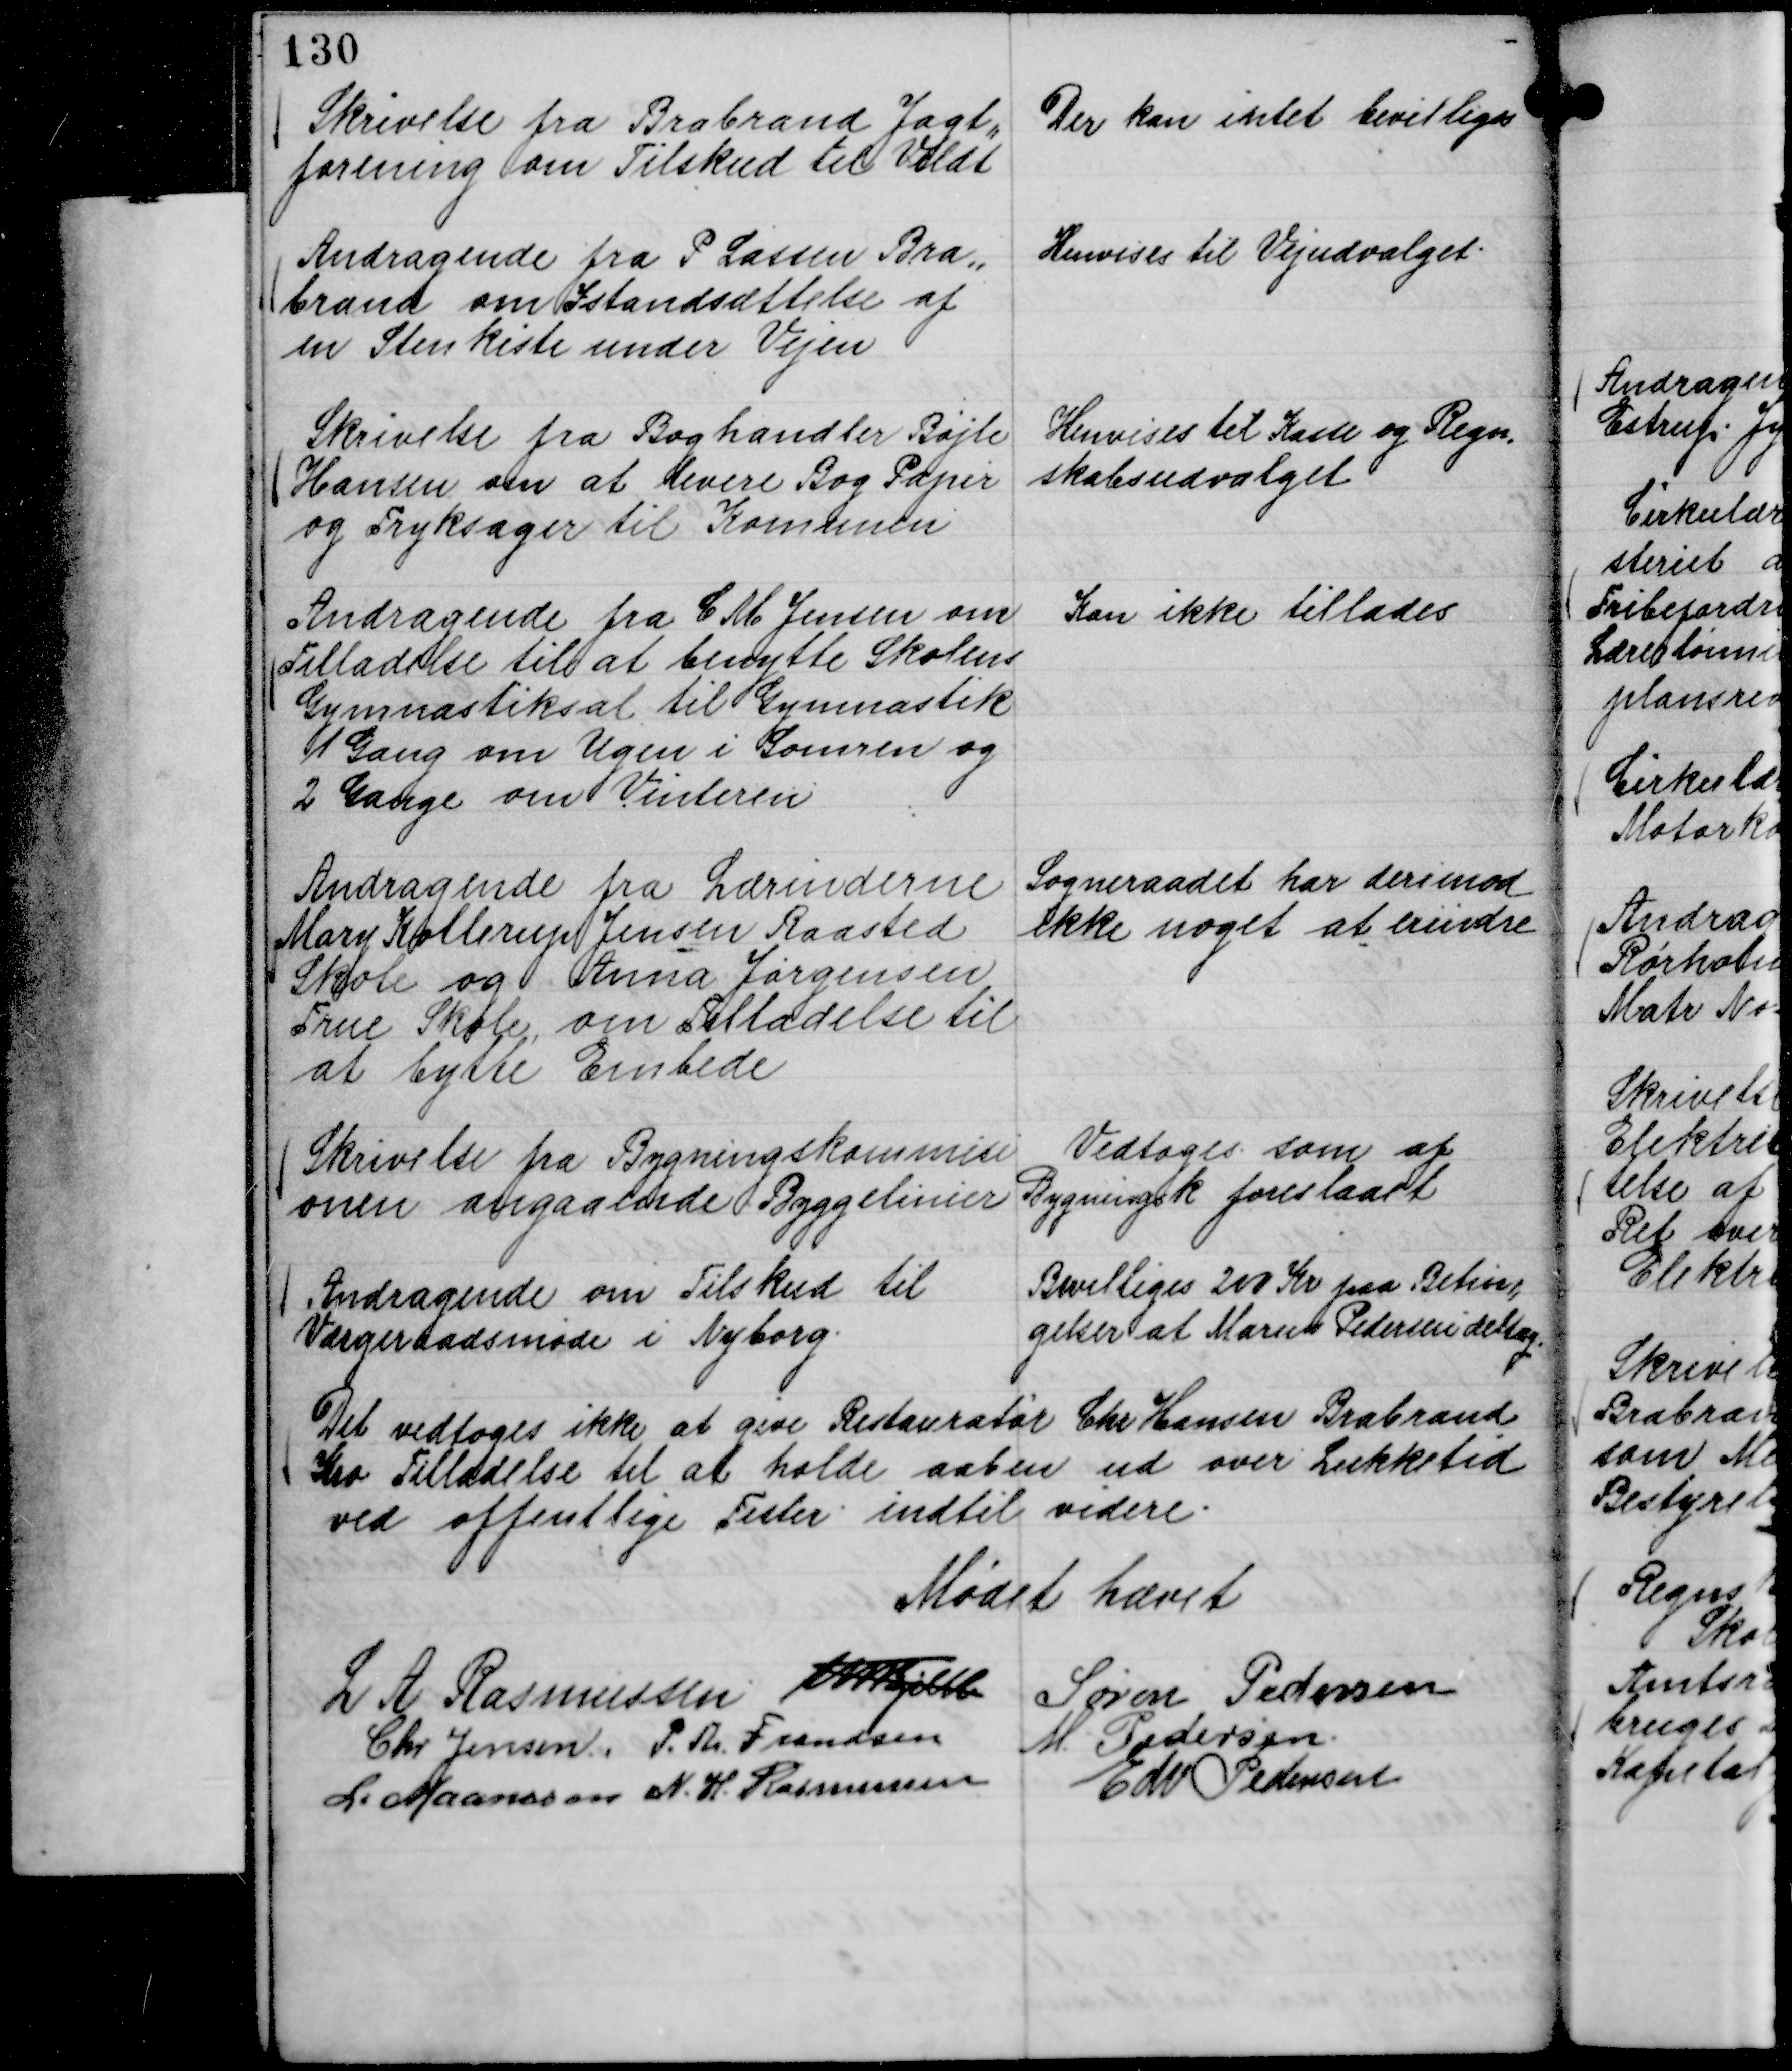
Transskription:
Skrivelse fra Brabrand Jagt,,
forening om Tilskud til Vildt

Der kan intet bevilliges

Andragende fra P Lassen Bra,,
brand om Istandsættelse af
en Stenkiste under Vejen

Henvises til Vejudvalget.

Skrivelse fra Boghandler Bøjle
Hansen om at levere Bog Papir
og Tryksager til Komunen

Henvises til Kasse og Regn,,
skabsudvalget

Andragende fra C M Jensen om
Tilladelse til at benytte Skolens
Gymnastiksal til Gymnastik
1 Gang om Ugen i Somren og
2 Gange om Vinteren

Kan ikke tillades

Andragende fra Lærinderne
Mary Kollerup Jensen Raasted
Skole og Anna Jørgensen
True Skole om Tilladelse til
at bytte Embede

Sogneraadet har derimod
ikke noget at erindre

Skrivelse fra Bygningskommisi
onen angaaende Byggelinier

Vedtoges som af
Bygningsk foreslaaet

Andragende om Tilskud til
Værgeraadsmøde i Nyborg.

Bevilliges 200 Kr paa Betin,,
gelser at Marius Pedersen deltag.

Det vedtoges ikke at give Restauratør Chr Hansen Brabrand
Kro Tilladelse til at holde aaben ud over Lukketid
ved offentlige Fester indtil videre.

Mødet hævet
L A Rasmussen
Th Bjelke
Søren Pedersen
Chr Jensen.
P. Th. Frandsen
M. Pedersen.
L. Maansson
N. H. Rasmussen
Edv Pedersen